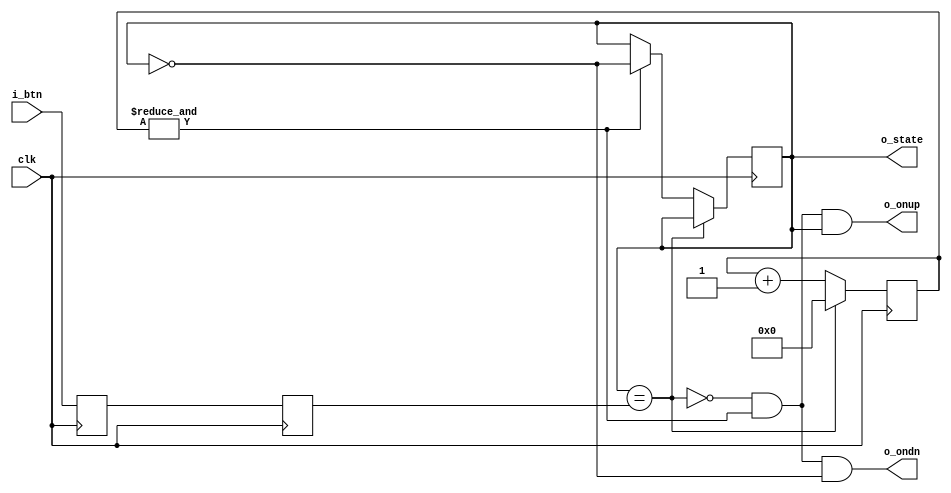
module debounce_pb(
    input clk,
    input i_btn,
    output reg o_state,
    output o_ondn,
    output o_onup
    );

    // sync with clock and combat metastability
    reg sync_0, sync_1;
    always @(posedge clk) sync_0 <= i_btn;
    always @(posedge clk) sync_1 <= sync_0;

    // 2.6 ms counter at 50 MHz
    reg [17:0] counter;
    wire idle = (o_state == sync_1);
    wire max = &counter;

    always @(posedge clk)
    begin
        if (idle)
            counter <= 18'd0;
        else
        begin
            counter <= counter + 18'd1;
            if (max)
                o_state <= ~o_state;
        end
    end

    assign o_ondn = ~idle & max & ~o_state;
    assign o_onup = ~idle & max & o_state;
endmodule